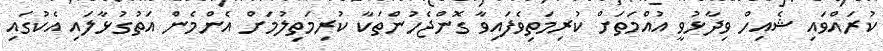
ކުރައްވައި ޝެއިހް ވިދާޅުވީ އުއްމަތަށް ކުރިމަތިވެފައިވާ ގޮންޖެހުންތަކާ ކުރިމަތިލުމަށް އެންމެން އަތުގުޅާލައި އެކުގައި